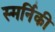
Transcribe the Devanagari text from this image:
स्मर्निकी